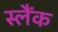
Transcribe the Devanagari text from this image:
स्लैंक